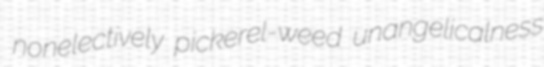
nonelectively pickerel-weed unangelicalness